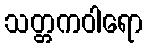
သတ္တကဝါရော